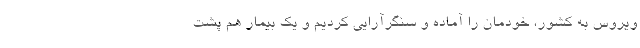
ویروس به کشور، خودمان را آماده و سنگرآرایی کردیم و یک بیمار هم پشت